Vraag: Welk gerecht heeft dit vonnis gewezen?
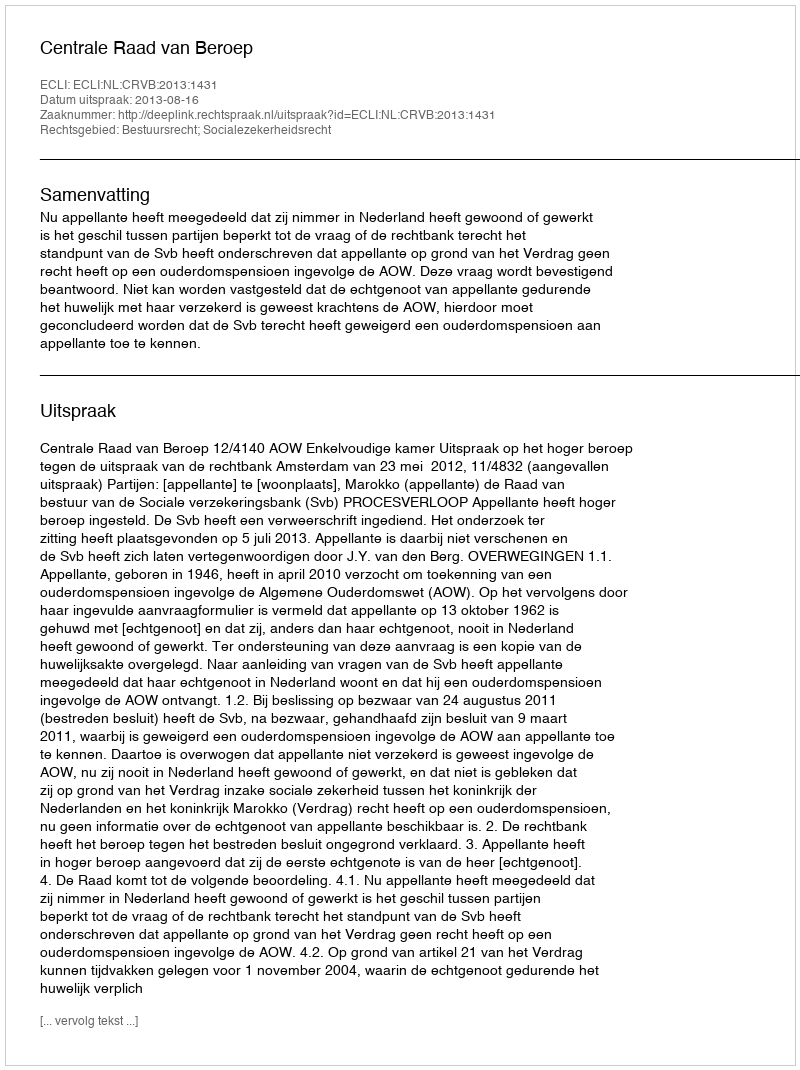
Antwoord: Centrale Raad van Beroep